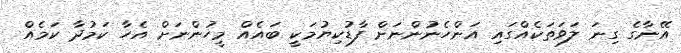
އޭނާގެ ގިނަ ލަވަތަކެއްގައި އަންހެނުންނަށް ފާޑުކިޔުމަކީ ބައެއް މީހުންނަށް އެހާ ކަމުދާ ކަމެއް